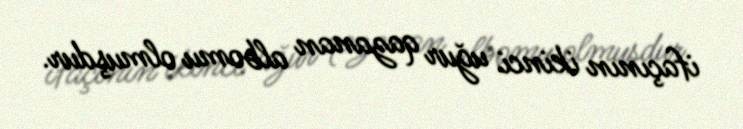
ifaçının ikinci uğur qazanan albomu olmuşdur.